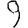
Digit: 9